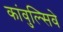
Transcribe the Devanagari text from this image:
कांवुल्सिवे